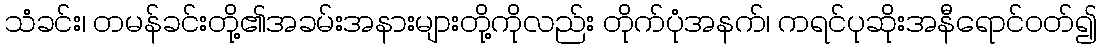
သံခင်း၊ တမန်ခင်းတို့၏အခမ်းအနားများတို့ကိုလည်း တိုက်ပုံအနက်၊ ကရင်ပုဆိုးအနီရောင်ဝတ်၍